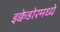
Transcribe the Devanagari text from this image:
इक्वेडोरमध्ये